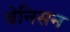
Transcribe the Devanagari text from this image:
वेनिसन